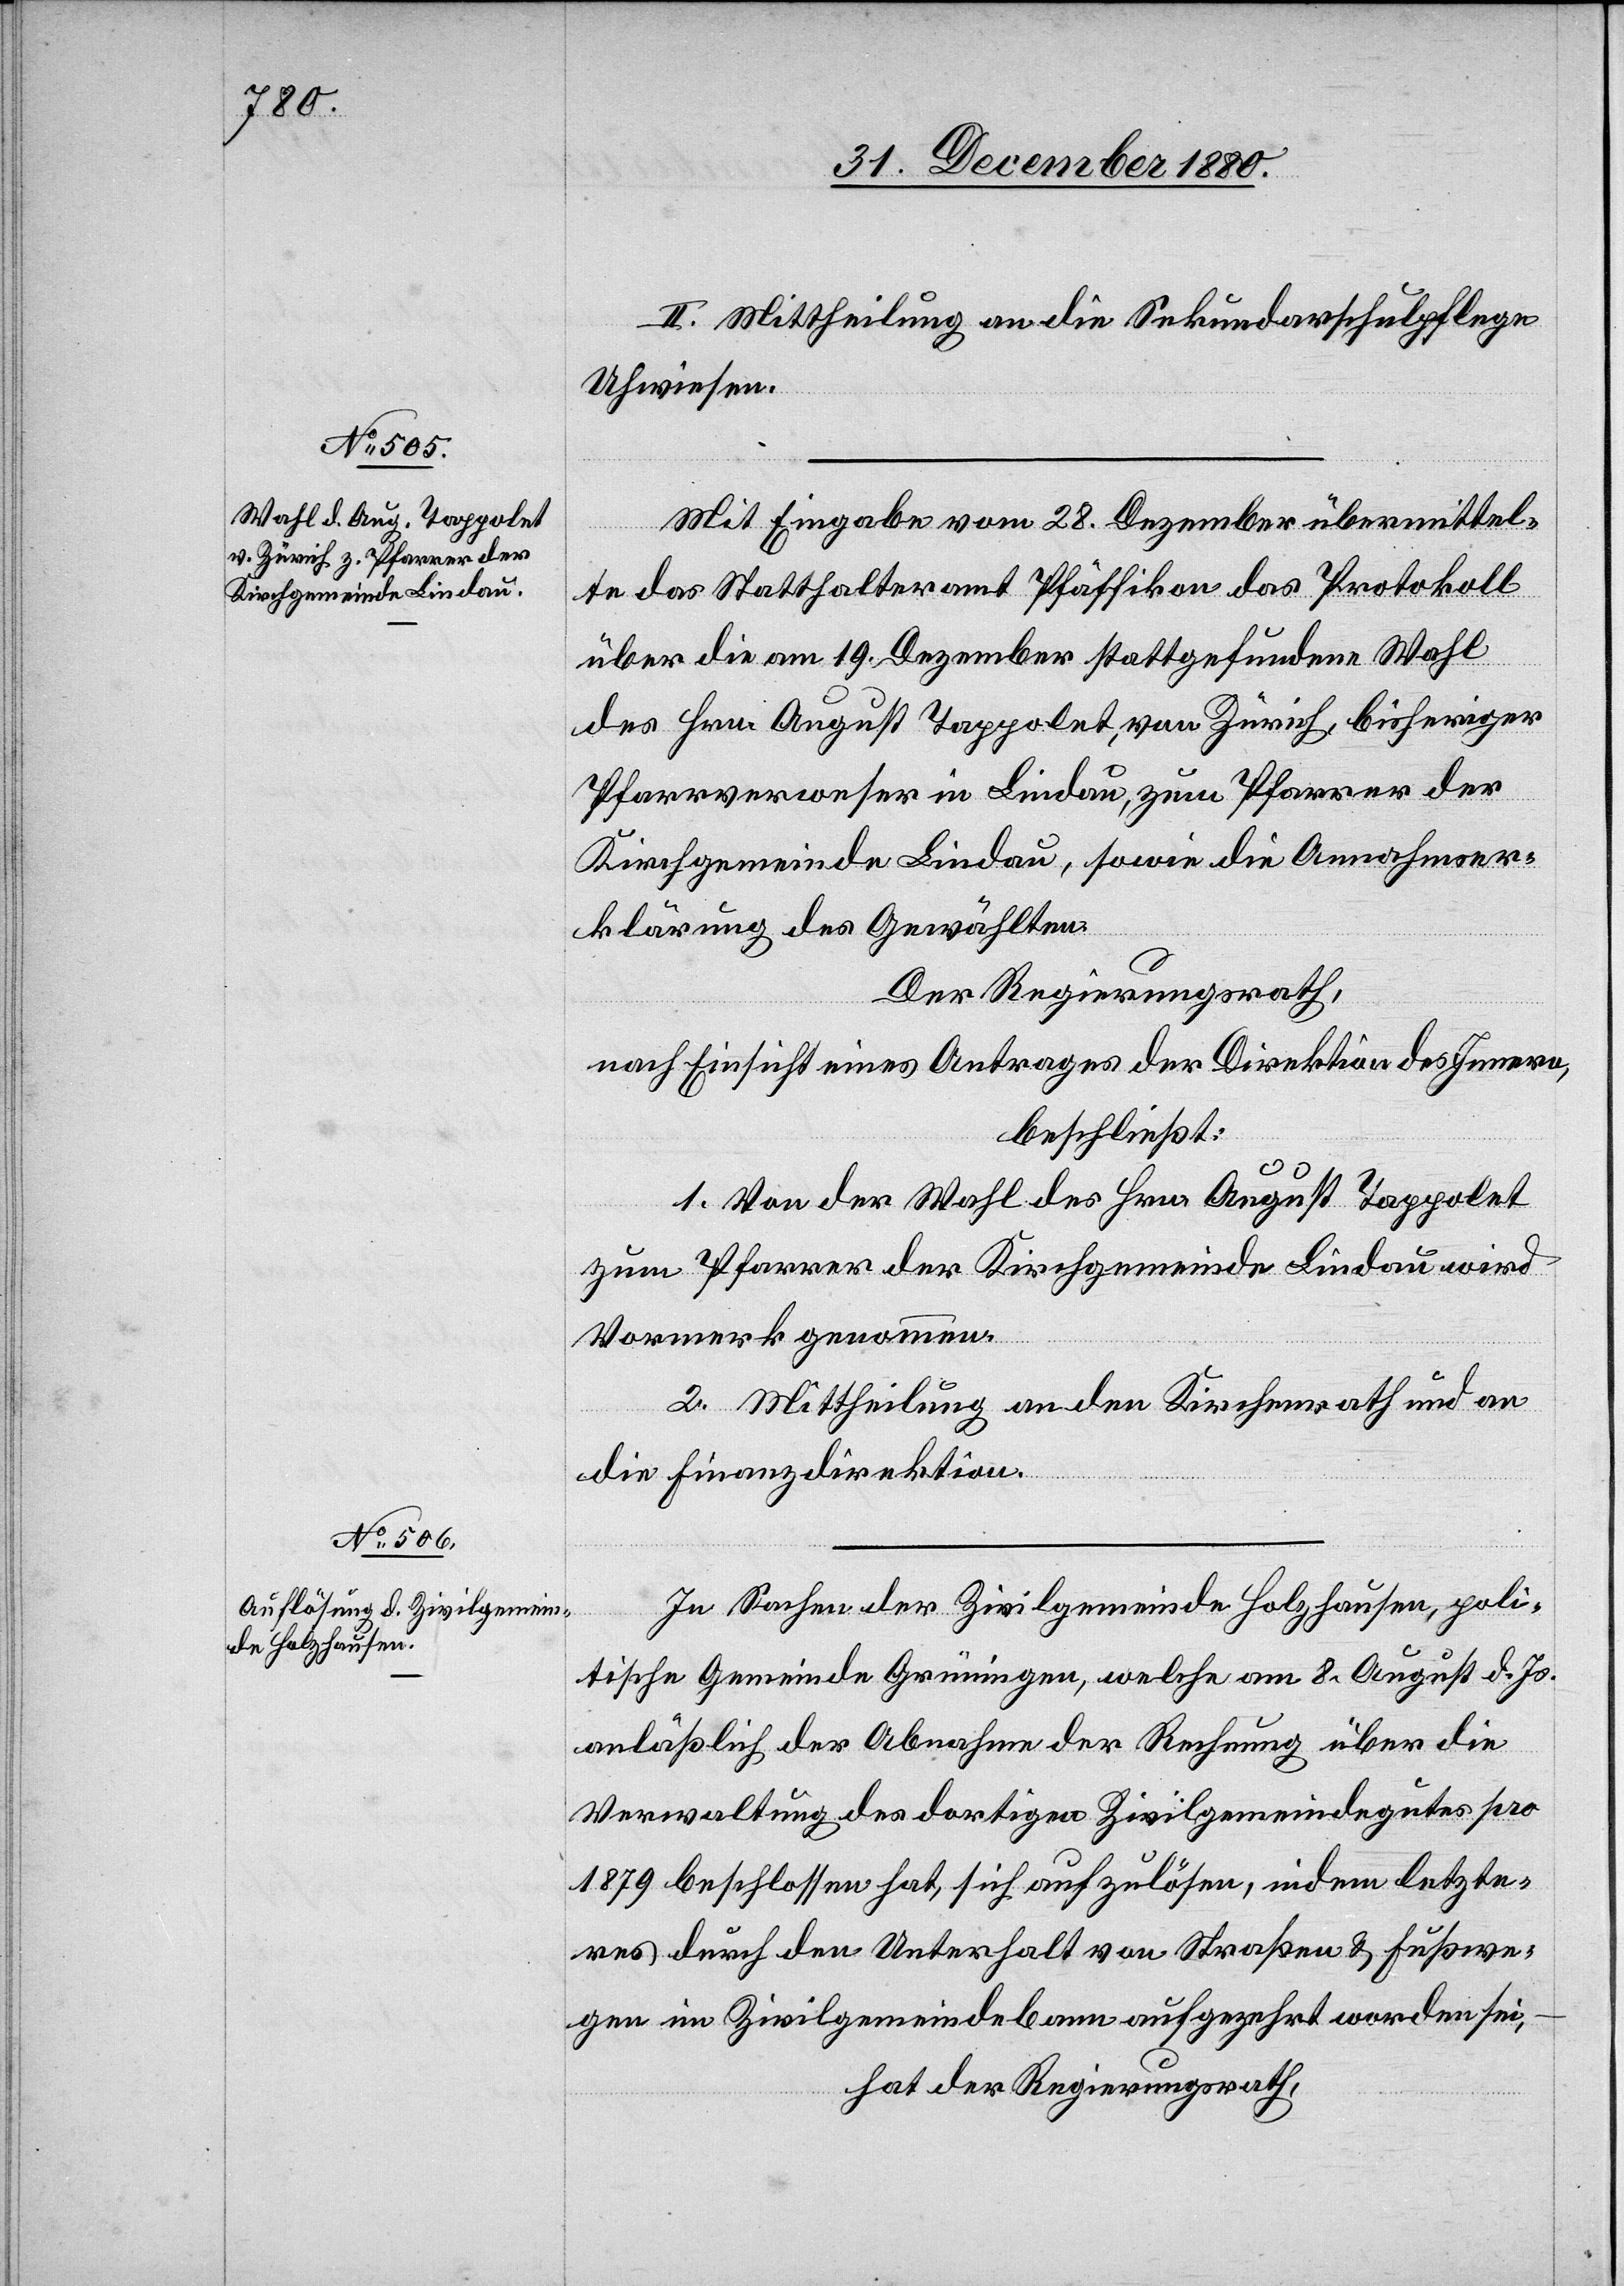
II. Mittheilung an die Sekundarschulpflege
Uhwiesen.
Mit Eingabe vom 28. Dezember übermittel¬
te das Statthalteramt Pfäffikon das Protokoll
über die am 19. Dezember stattgefundene Wahl
des Hrn. August Tappolet, von Zürich, bisheriger
Pfarrverweser in Lindau, zum Pfarrer der
Kirchgemeinde Lindau, sowie die Annahmser¬
klärung des Gewählten.
Der Regierungsrath,
nach Einsicht eines Antrages der Direktion des Innern,
beschließt:
1. Von der Wahl des Hrn. August Tappolet
zum Pfarrer der Kirchgemeinde Lindau wird
Vormerk genommen.
2. Mittheilung an den Kirchenrath und an
die Finanzdirektion.
In Sachen der Zivilgemeinde Holzhausen, poli¬
tische Gemeinde Grüningen, welche am 8. August d. Js.
anläßlich der Abnahme der Rechnung über die
Verwaltung des dortigen Zivilgemeindegutes pro
1879 beschlossen hat, sich aufzulösen, indem letzte¬
res durch den Unterhalt von Straßen & Fußwe¬
gen im Zivilgemeindebann aufgezehrt worden sei;
hat der Regierungsrath,